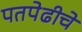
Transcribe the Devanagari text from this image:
पतपेढीचे